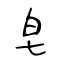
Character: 皂